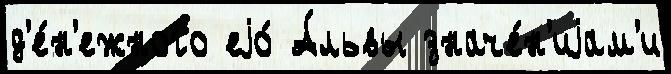
д'е́н'ежного еjо́ А́львы значе́н'иjам'и